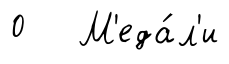
0 М'еда́л'и